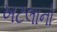
ખટલાનો